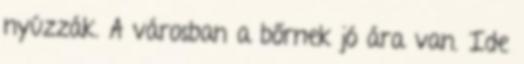
nyúzzák. A városban a bőrnek jó ára van. Ide